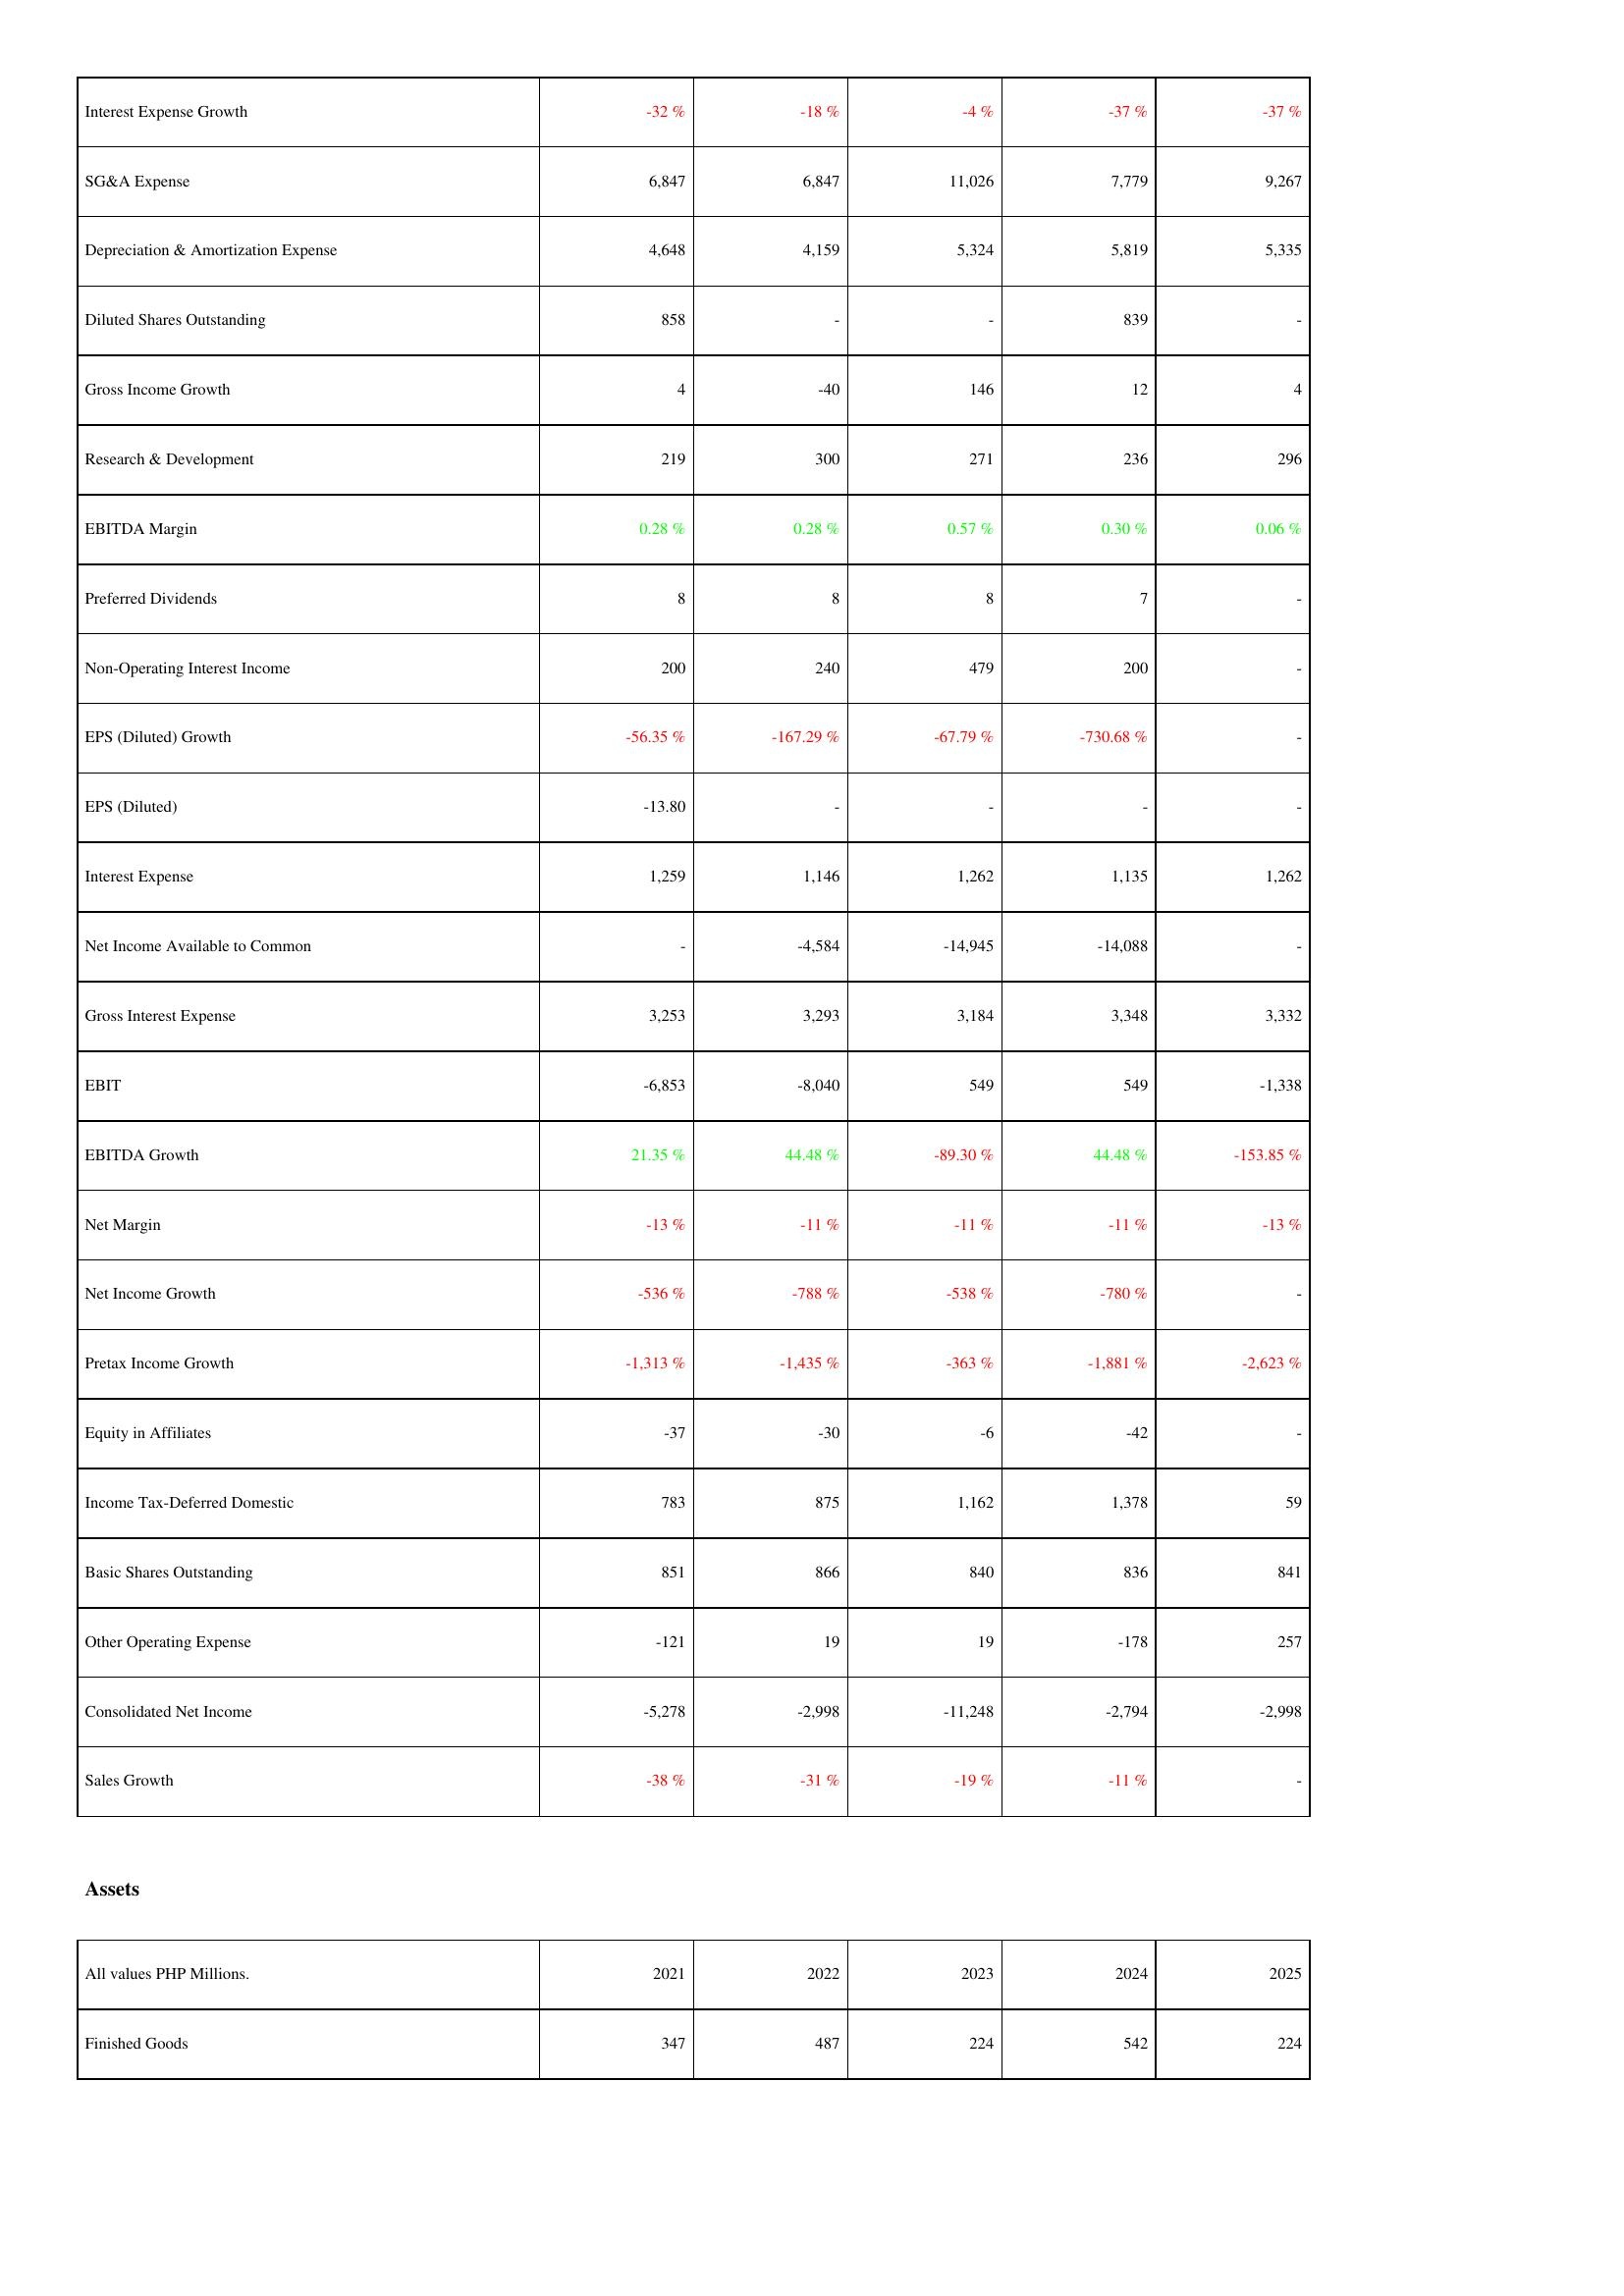
2021: Income Statement: Interest Expense Growth: -32 %
SG&A Expense: 6,847
Depreciation & Amortization Expense: 4,648
Diluted Shares Outstanding: 858
Gross Income Growth: 4
Research & Development: 219
EBITDA Margin: 0.28 %
Preferred Dividends: 8
Non-Operating Interest Income: 200
EPS (Diluted) Growth: -56.35 %
EPS (Diluted): -13.80
Interest Expense: 1,259
Net Income Available to Common: -
Gross Interest Expense: 3,253
EBIT: -6,853
EBITDA Growth: 21.35 %
Net Margin: -13 %
Net Income Growth: -536 %
Pretax Income Growth: -1,313 %
Equity in Affiliates: -37
Income Tax-Deferred Domestic: 783
Basic Shares Outstanding: 851
Other Operating Expense: -121
Consolidated Net Income: -5,278
Sales Growth: -38 %
Assets: Finished Goods: 347
2022: Income Statement: Interest Expense Growth: -18 %
SG&A Expense: 6,847
Depreciation & Amortization Expense: 4,159
Diluted Shares Outstanding: -
Gross Income Growth: -40
Research & Development: 300
EBITDA Margin: 0.28 %
Preferred Dividends: 8
Non-Operating Interest Income: 240
EPS (Diluted) Growth: -167.29 %
EPS (Diluted): -
Interest Expense: 1,146
Net Income Available to Common: -4,584
Gross Interest Expense: 3,293
EBIT: -8,040
EBITDA Growth: 44.48 %
Net Margin: -11 %
Net Income Growth: -788 %
Pretax Income Growth: -1,435 %
Equity in Affiliates: -30
Income Tax-Deferred Domestic: 875
Basic Shares Outstanding: 866
Other Operating Expense: 19
Consolidated Net Income: -2,998
Sales Growth: -31 %
Assets: Finished Goods: 487
2023: Income Statement: Interest Expense Growth: -4 %
SG&A Expense: 11,026
Depreciation & Amortization Expense: 5,324
Diluted Shares Outstanding: -
Gross Income Growth: 146
Research & Development: 271
EBITDA Margin: 0.57 %
Preferred Dividends: 8
Non-Operating Interest Income: 479
EPS (Diluted) Growth: -67.79 %
EPS (Diluted): -
Interest Expense: 1,262
Net Income Available to Common: -14,945
Gross Interest Expense: 3,184
EBIT: 549
EBITDA Growth: -89.30 %
Net Margin: -11 %
Net Income Growth: -538 %
Pretax Income Growth: -363 %
Equity in Affiliates: -6
Income Tax-Deferred Domestic: 1,162
Basic Shares Outstanding: 840
Other Operating Expense: 19
Consolidated Net Income: -11,248
Sales Growth: -19 %
Assets: Finished Goods: 224
2024: Income Statement: Interest Expense Growth: -37 %
SG&A Expense: 7,779
Depreciation & Amortization Expense: 5,819
Diluted Shares Outstanding: 839
Gross Income Growth: 12
Research & Development: 236
EBITDA Margin: 0.30 %
Preferred Dividends: 7
Non-Operating Interest Income: 200
EPS (Diluted) Growth: -730.68 %
EPS (Diluted): -
Interest Expense: 1,135
Net Income Available to Common: -14,088
Gross Interest Expense: 3,348
EBIT: 549
EBITDA Growth: 44.48 %
Net Margin: -11 %
Net Income Growth: -780 %
Pretax Income Growth: -1,881 %
Equity in Affiliates: -42
Income Tax-Deferred Domestic: 1,378
Basic Shares Outstanding: 836
Other Operating Expense: -178
Consolidated Net Income: -2,794
Sales Growth: -11 %
Assets: Finished Goods: 542
2025: Income Statement: Interest Expense Growth: -37 %
SG&A Expense: 9,267
Depreciation & Amortization Expense: 5,335
Diluted Shares Outstanding: -
Gross Income Growth: 4
Research & Development: 296
EBITDA Margin: 0.06 %
Preferred Dividends: -
Non-Operating Interest Income: -
EPS (Diluted) Growth: -
EPS (Diluted): -
Interest Expense: 1,262
Net Income Available to Common: -
Gross Interest Expense: 3,332
EBIT: -1,338
EBITDA Growth: -153.85 %
Net Margin: -13 %
Net Income Growth: -
Pretax Income Growth: -2,623 %
Equity in Affiliates: -
Income Tax-Deferred Domestic: 59
Basic Shares Outstanding: 841
Other Operating Expense: 257
Consolidated Net Income: -2,998
Sales Growth: -
Assets: Finished Goods: 224